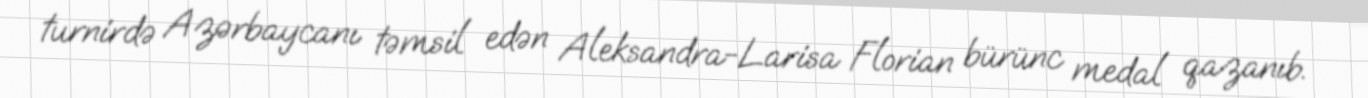
turnirdə Azərbaycanı təmsil edən Aleksandra-Larisa Florian bürünc medal qazanıb.